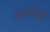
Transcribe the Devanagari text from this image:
उतरणेही